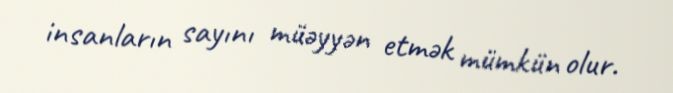
insanların sayını müəyyən etmək mümkün olur.